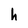
Character: h